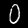
Digit: 0